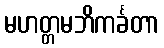
မဟတ္တမဘိကင်္ခတာ